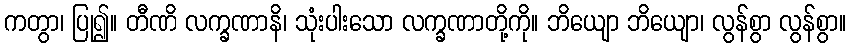
ကတွာ၊ ပြု၍။ တီဏိ လက္ခဏာနိ၊ သုံးပါးသော လက္ခဏာတို့ကို။ ဘိယျော ဘိယျော၊ လွန်စွာ လွန်စွာ။